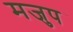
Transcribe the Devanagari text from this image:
मजुप